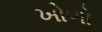
ખોળો